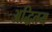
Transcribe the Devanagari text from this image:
अद्धितय